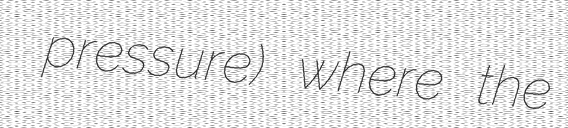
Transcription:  pressure) where the